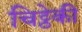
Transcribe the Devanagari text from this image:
चिट्ठेकी